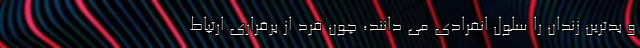
و بدترین زندان را سلول انفرادی می دانند، چون فرد از برقراری ارتباط